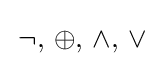
\,\lnot ,\,\oplus ,\,\land ,\,\lor